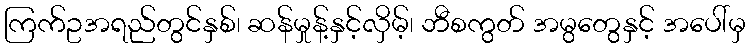
ကြက်ဥအရည်တွင်နှစ်၊ ဆန်မှုန့်နှင့်လှိမ့်၊ ဘီစကွတ် အမွတွေနှင့် အပေါ်မှ